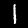
Digit: 1